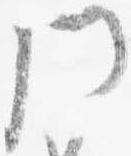
門